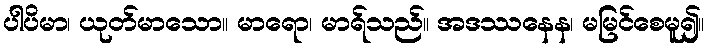
ပါပိမာ၊ ယုတ်မာသော။ မာရော၊ မာရ်သည်။ အဒဿနေန၊ မမြင်စေမူ၍။